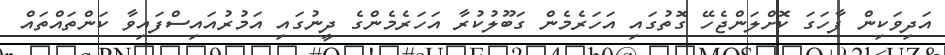
އަދިވަކިން ފާހަގަ ކޮށްލަންޖެހޭ ގޮތުގައި އަހަރެމެން ގަބޫލުކުރާ އަހަރެމެންގެ ދީނުގައި އަމުރުއައިސްފައިވާ ކަންތައްތައް